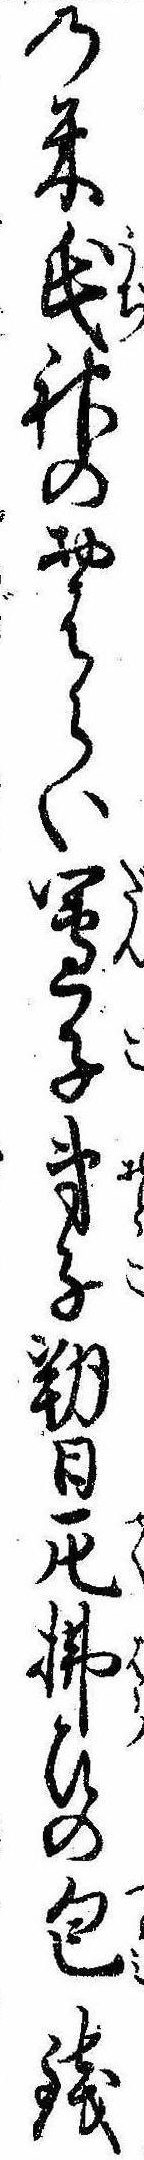
の米氏神のおはらい団子弟子朔日厄払ひの包銭